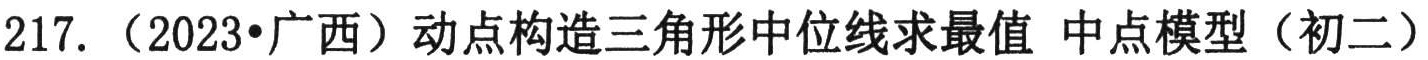
217. （2023•广西）动点构造三角形中位线求最值 中点模型（初二）